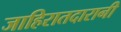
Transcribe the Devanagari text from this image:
जाहिरातदारानी